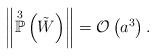
LaTeX: \begin{align*}\left\Vert \overset{3}{\mathbb{P}}\left( \tilde{W} \right) \right\Vert = \mathcal{O}\left( a^{3} \right). \end{align*}